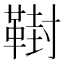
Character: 𩋮